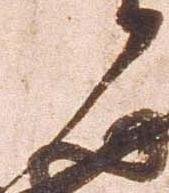
候